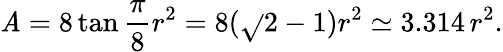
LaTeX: \mathit{A}=8\tan{\frac{{\pi}}{{8}}}r^{2}=8({\sqrt{}{{2}}}-1)r^{2}\simeq3.314\, r^{2}.